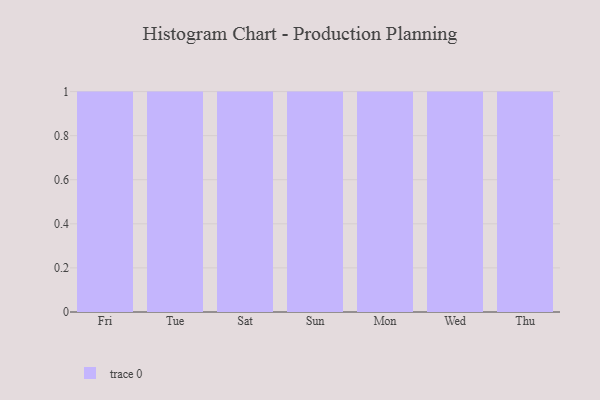
{"axis": {"x": "Day", "y": "Energy Usage (MWh)"}, "legend": [""], "data": [{"x": "Fri", "y": 11, "type": ""}, {"x": "Tue", "y": 30, "type": ""}, {"x": "Sat", "y": 100, "type": ""}, {"x": "Sun", "y": 57, "type": ""}, {"x": "Mon", "y": 50, "type": ""}, {"x": "Wed", "y": 16, "type": ""}, {"x": "Thu", "y": 68, "type": ""}]}